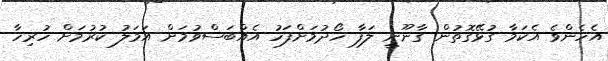
އެެހެންވެ އެކަމާ ގުޅޭގޮތުން ގާނޫނީ ލަފާ ހޯދުމަށްފަހު އެއްބަސްވުމަށް އަަމަލު ކުރުމަށް ހުރިހާ